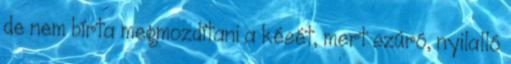
de nem bírta megmozdítani a kését, mert szúró, nyilalló